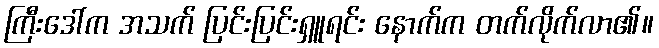
ကြီးဒေါ်က အသက် ပြင်းပြင်းရှူရင်း နောက်က တက်လိုက်လာ၏။